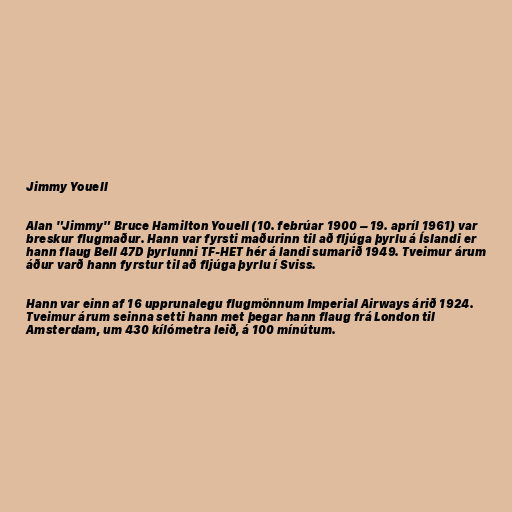
Jimmy Youell

Alan "Jimmy" Bruce Hamilton Youell (10. febrúar 1900 – 19. apríl 1961) var
breskur flugmaður. Hann var fyrsti maðurinn til að fljúga þyrlu á Íslandi er
hann flaug Bell 47D þyrlunni TF-HET hér á landi sumarið 1949. Tveimur árum
áður varð hann fyrstur til að fljúga þyrlu í Sviss.

Hann var einn af 16 upprunalegu flugmönnum Imperial Airways árið 1924.
Tveimur árum seinna setti hann met þegar hann flaug frá London til
Amsterdam, um 430 kílómetra leið, á 100 mínútum.